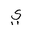
Letter: _ya